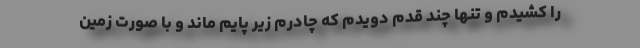
را کشیدم و تنها چند قدم دویدم که چادرم زیر پایم ماند و با صورت زمین